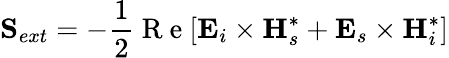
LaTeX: \mathbf{S}_{ext}=-\frac{1}{2}\mathrm{~R~e~}[\mathbf{E}_{i}\times\mathbf{H}_{s}^{*}+\mathbf{E}_{s}\times\mathbf{H}_{i}^{*}]